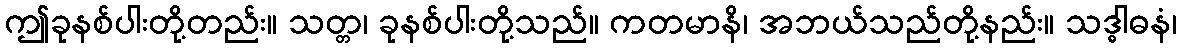
ဤခုနစ်ပါးတို့တည်း။ သတ္တ၊ ခုနစ်ပါးတို့သည်။ ကတမာနိ၊ အဘယ်သည်တို့နည်း။ သဒ္ဓါဓနံ၊